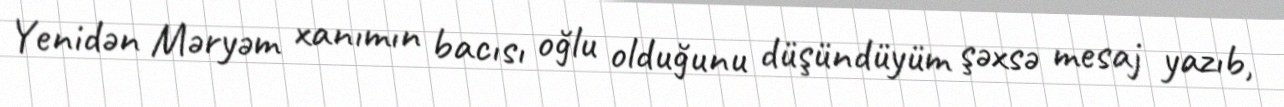
Yenidən Məryəm xanımın bacısı oğlu olduğunu düşündüyüm şəxsə mesaj yazıb,